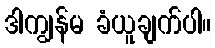
ဒါကျွန်မ ခံယူချက်ပါ။